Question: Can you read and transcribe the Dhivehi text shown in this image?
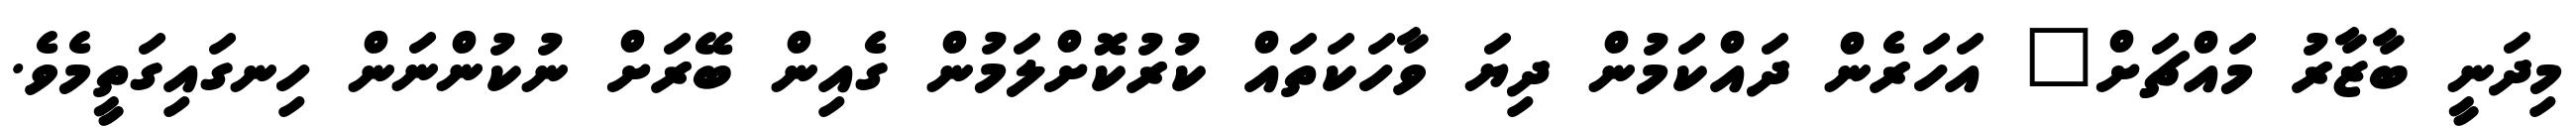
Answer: މިދަނީ ބާޒާރު މައްޗަށް" އަހަރެން ދައްކަމުން ދިޔަ ވާހަކަތައް ކުރުކޮށްލަމުން ގެއިން ބޭރަށް ނުކުންނަން ހިނގައިގަތީމެވެ.